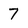
Character: 7